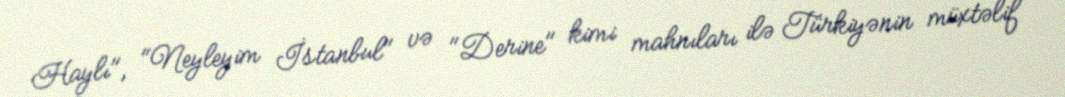
Haylı", "Neyleyim İstanbul" və "Derine" kimi mahnıları ilə Türkiyənin müxtəlif